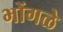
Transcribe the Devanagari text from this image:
भोंगळे